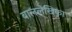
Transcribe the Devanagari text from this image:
बाललेखिका